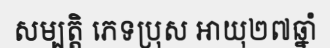
សម្បត្តិ ភេទប្រុស អាយុ២៧ឆ្នាំ